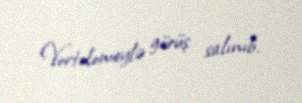
Vortolomeylə görüş salınıb.